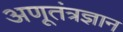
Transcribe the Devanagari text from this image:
अणूतंत्रज्ञान